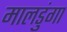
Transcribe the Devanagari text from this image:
मालडुंगा